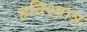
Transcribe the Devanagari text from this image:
हविश्यान्न